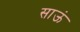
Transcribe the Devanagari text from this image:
साऊं